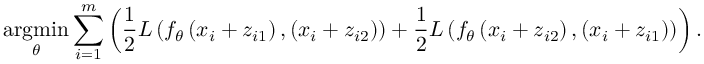
\underset { \theta } { \operatorname { a r g m i n } } \sum _ { i = 1 } ^ { m } \left( \frac { 1 } { 2 } L \left( f _ { \theta } \left( x _ { i } + z _ { i 1 } \right) , ( x _ { i } + z _ { i 2 } ) \right) + \frac { 1 } { 2 } L \left( f _ { \theta } \left( x _ { i } + z _ { i 2 } \right) , ( x _ { i } + z _ { i 1 } ) \right) \right) .